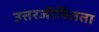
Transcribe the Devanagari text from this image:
उत्तरजीवितता